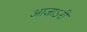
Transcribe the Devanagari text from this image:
आजाऽरी